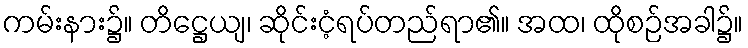
ကမ်းနား၌။ တိဋ္ဌေယျ၊ ဆိုင်းငံ့ရပ်တည်ရာ၏။ အထ၊ ထိုစဉ်အခါ၌။